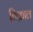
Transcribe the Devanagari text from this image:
विक्राल